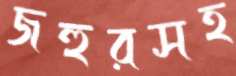
জহুরসহ